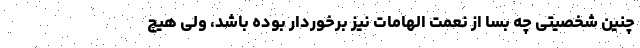
چنین شخصیتی چه بسا از نعمت الهامات نیز برخوردار بوده باشد، ولی هیچ